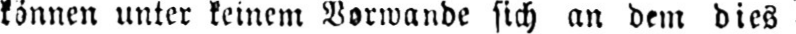
können unter keinem Vorwande sich an dem dies